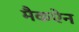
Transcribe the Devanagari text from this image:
मैकऐन